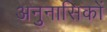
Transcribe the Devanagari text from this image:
अनुनासिकों